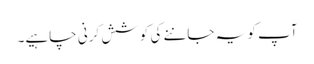
آپ کو یہ جاننے کی کوشش کرنی چاہیے۔